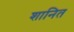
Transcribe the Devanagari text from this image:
शानित